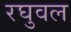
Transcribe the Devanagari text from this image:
रघुवल